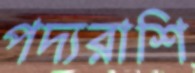
পদ্যরাশি